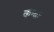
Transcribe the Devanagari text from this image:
कन्ढों